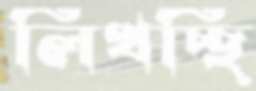
লিখচ্ছি